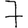
Digit: 7